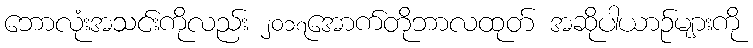
ဘောလုံးအသင်းကိုလည်း ၂၀၁၇အောက်တိုဘာလထုတ် အဆိုပါယာဉ်များကို